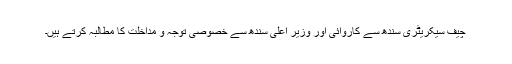
چیف سیکریٹری سندھ سے کاروائی اور وزیر اعلی سندھ سے خصوصی توجہ و مداخلت کا مطالبہ کرتے ہیں۔